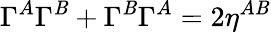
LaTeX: \Gamma^{A}\Gamma^{\mathit{B}}+\Gamma^{\mathit{B}}\Gamma^{A}=2\eta^{A\mathit{B}}